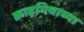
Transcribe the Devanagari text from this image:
क्राइमियाच्या